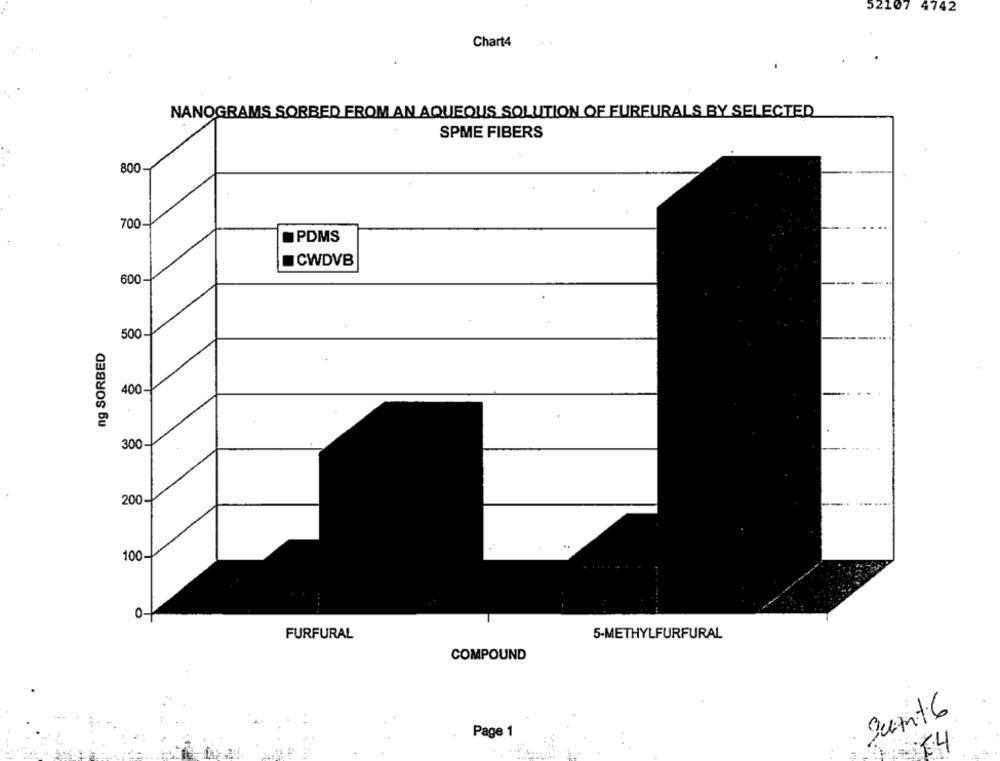
52107 4742
Chart4
NANOGRAMS SORBED FROM AN AQUEOUS SOLUTION OF FUREURALS BY SELECTED
SPME FIBERS
800
700
PDMS
CWDVB
600
500
ng SORBED
400
300
200-
100
0-
FURFURAL
5-METHYLFURFURAL
COMPOUND
SuAnt 6
Page 1